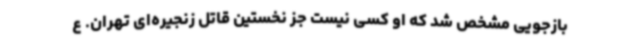
بازجویی مشخص ‌شد که او کسی نیست جز نخستین قاتل زنجیره‌ای تهران. ع